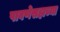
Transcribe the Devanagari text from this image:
पावणेसहाच्या